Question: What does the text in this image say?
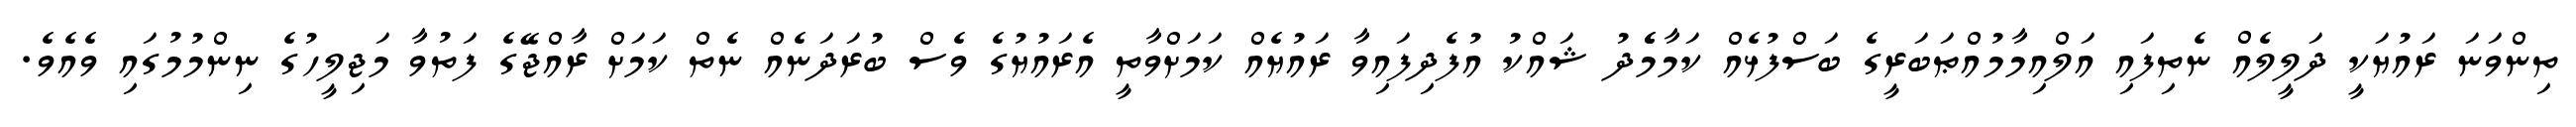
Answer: ތިންވަނަ ރައުޔަކީ ދަލީލެއް ނެތިފައި އަލްއިމާމުއްޠަބަރީގެ ބަސްފުޅެއް ކަމާމެެދު ޝައްކު އުފެދިފައިވާ ރައުޔެއް ކަމަށްވާތީ އެރައުޔުގެ ވެސް ބުރަދަނެއް ނެތް ކަމަށް ރާއްޖޭގެ ފަތުވާ މަޖިލީހުގެ ނިންމުމުގައި ވެއެވެ.